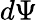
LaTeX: d\Psi